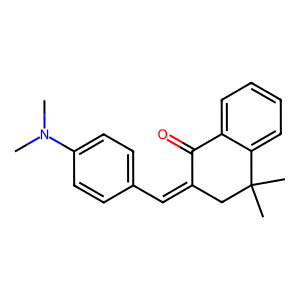
SMILES: CN(C)c1ccc(C=C2CC(C)(C)c3ccccc3C2=O)cc1
Inhibits HIV replication: No